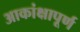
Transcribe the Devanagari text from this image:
आकांक्षापूर्ण